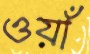
ওয়াঁ